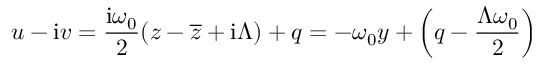
u - \mathrm { i } v = { \frac { \mathrm { i } \omega _ { 0 } } { 2 } } ( z - \overline { { z } } + \mathrm { i } \Lambda ) + q = - { \omega _ { 0 } y } + \left( q - { \frac { \Lambda \omega _ { 0 } } { 2 } } \right)